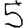
Digit: 5